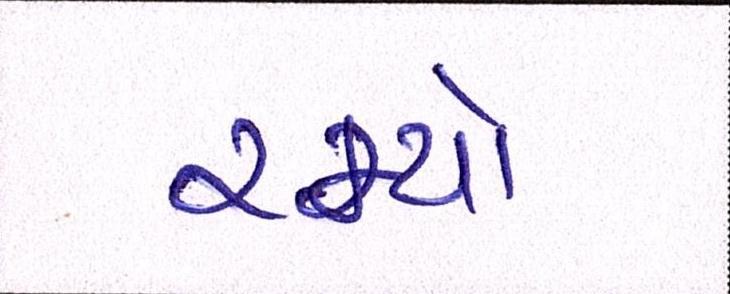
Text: રમ્યો